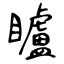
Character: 矑